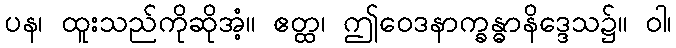
ပန၊ ထူးသည်ကိုဆိုအံ့။ ဧတ္ထ၊ ဤဝေဒနာက္ခန္ဓာနိဒ္ဒေသ၌။ ဝါ၊